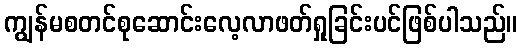
ကျွန်မစတင်စုဆောင်းလေ့လာဖတ်ရှုခြင်းပင်ဖြစ်ပါသည်။